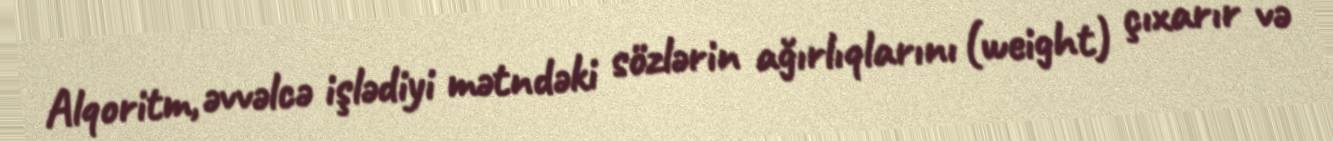
Alqoritm, əvvəlcə işlədiyi mətndəki sözlərin ağırlıqlarını (weight) çıxarır və